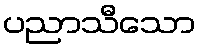
ပညာသီသော